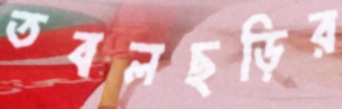
তবলছড়ির